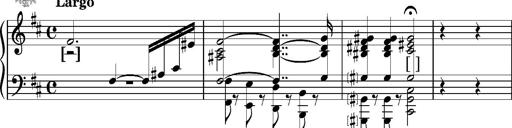
Title: 2 Sketches from 1829, S.692p
Composer: Franz Liszt
Key: B minor
 E flat major